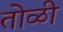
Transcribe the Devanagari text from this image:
तोळी